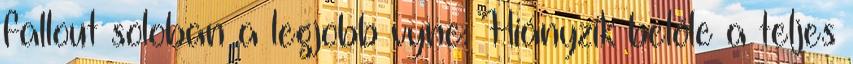
fallout soloban a legjobb vyne: Hiányzik belőle a teljes